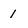
Character: 1